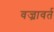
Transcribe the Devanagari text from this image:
वज्रावर्त